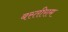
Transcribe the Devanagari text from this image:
बस्तीराम